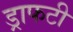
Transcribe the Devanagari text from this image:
ड्राफटी